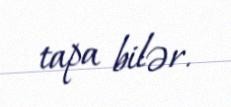
tapa bilər.